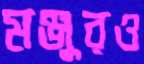
মঞ্জুরও